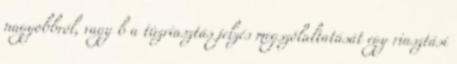
nagyobbról, vagy b a tûzriasztás jelzés megszólaltatását egy riasztási